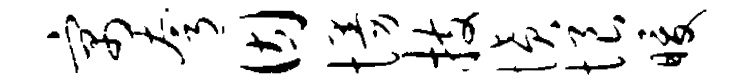
寓夸因慢技愤恨暖